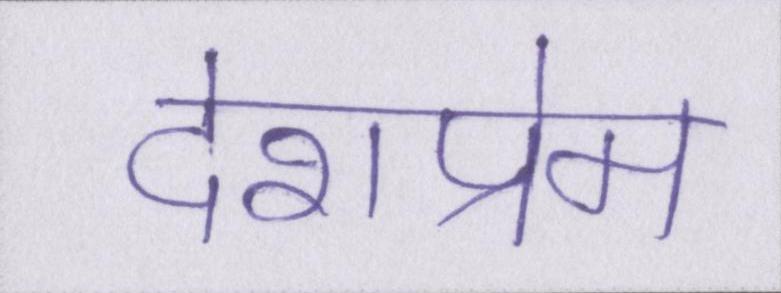
देशप्रेम